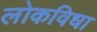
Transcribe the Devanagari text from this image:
लोकविधा